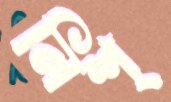
নিশ্